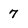
Character: 7